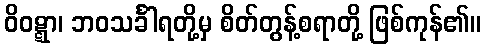
ဝိဝဋ္ဋာ၊ ဘဝသင်္ခါရတို့မှ စိတ်တွန့်စရာတို့ ဖြစ်ကုန်၏။